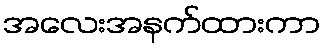
အလေးအနက်ထားကာ